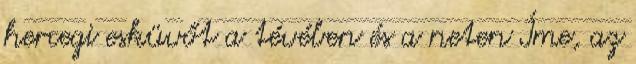
hercegi esküvőt a tévében és a neten Íme, az